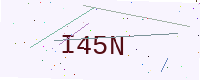
Text: I45N